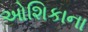
ઓશિકાના